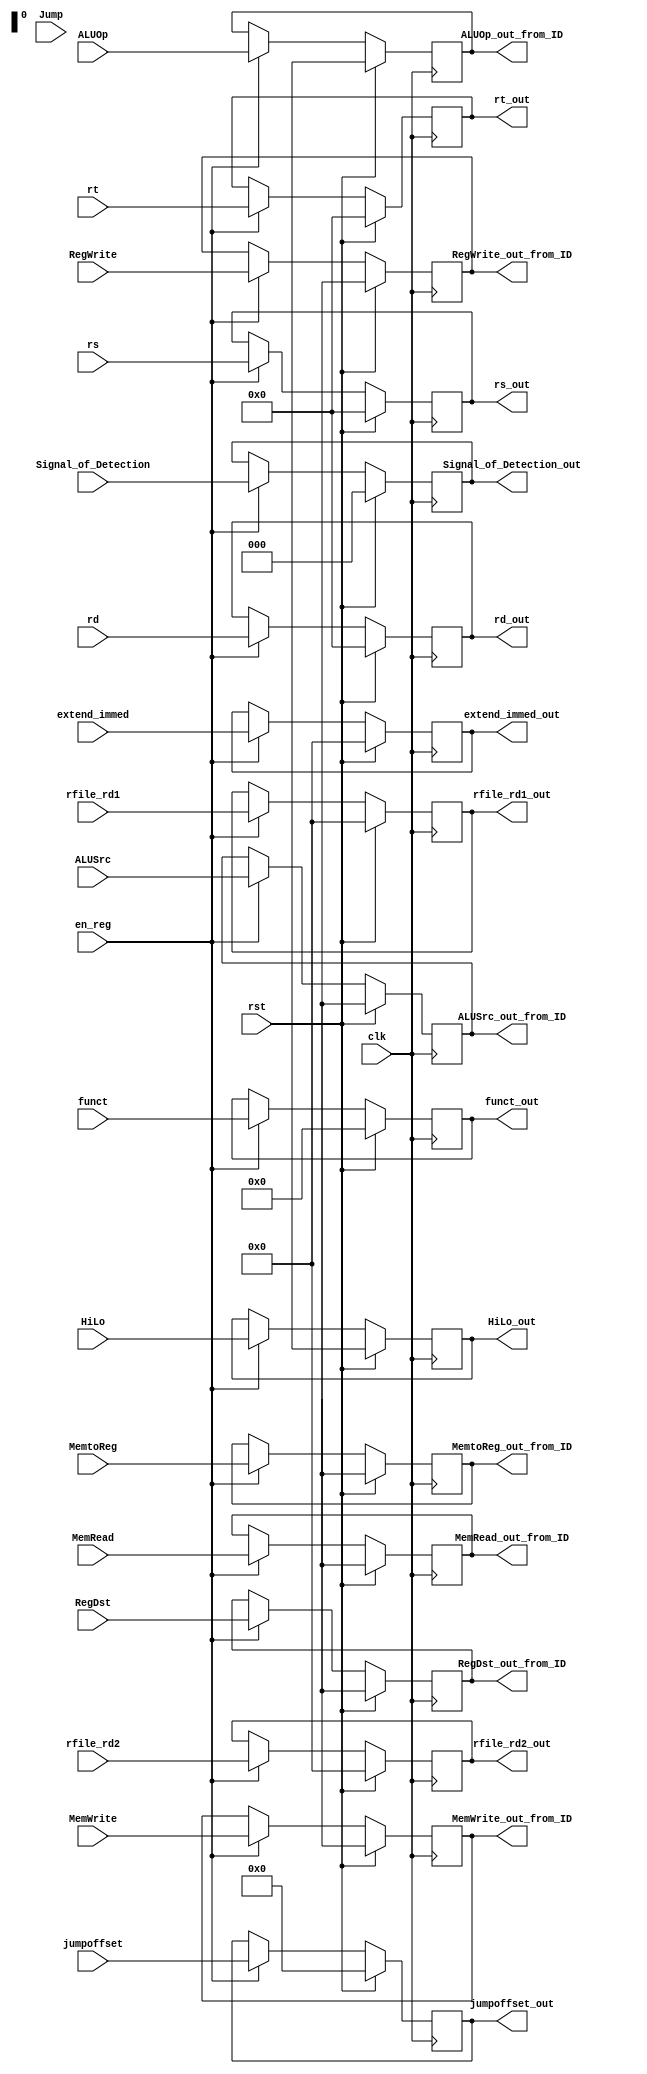
module ID_EX( en_reg, jumpoffset, jumpoffset_out, clk, rst,
           MemtoReg, RegWrite, MemRead, MemWrite, ALUOp, RegDst, ALUSrc, Jump,
           MemtoReg_out_from_ID, RegWrite_out_from_ID, MemRead_out_from_ID, MemWrite_out_from_ID, ALUOp_out_from_ID, RegDst_out_from_ID, ALUSrc_out_from_ID,
           rfile_rd1, rfile_rd2, rfile_rd1_out, rfile_rd2_out,
	       extend_immed, extend_immed_out,
	       rs, rt, rd, rs_out, rt_out, rd_out, funct, funct_out,
			Signal_of_Detection, Signal_of_Detection_out, HiLo, HiLo_out );

input clk, rst, en_reg;
input MemtoReg, RegWrite, MemRead, MemWrite, RegDst, ALUSrc, Jump;
input [1:0] ALUOp, HiLo;
input [31:0] rfile_rd1, rfile_rd2, extend_immed;
input [4:0] rs, rt, rd;
input [5:0] funct;
input [25:0] jumpoffset;
input [ 2:0 ] Signal_of_Detection ;

output MemtoReg_out_from_ID, RegWrite_out_from_ID, MemRead_out_from_ID, MemWrite_out_from_ID, RegDst_out_from_ID, ALUSrc_out_from_ID;
output [1:0] ALUOp_out_from_ID, HiLo_out;
output [31:0] rfile_rd1_out, rfile_rd2_out, extend_immed_out;
output [4:0] rs_out, rt_out, rd_out;
output [5:0] funct_out;
output [25:0] jumpoffset_out;
output [ 2:0 ] Signal_of_Detection_out ;

reg MemtoReg_out_from_ID, RegWrite_out_from_ID, MemRead_out_from_ID, MemWrite_out_from_ID, RegDst_out_from_ID, ALUSrc_out_from_ID;
reg [1:0] ALUOp_out_from_ID;
reg [31:0] rfile_rd1_out, rfile_rd2_out, extend_immed_out;
reg [4:0] rs_out, rt_out, rd_out;
reg [5:0] funct_out;
reg [25:0] jumpoffset_out;
reg [2:0] Signal_of_Detection_out ;

	
always@( posedge clk )
begin
  if ( rst )
	begin
	  MemtoReg_out_from_ID <= 1'bx; RegWrite_out_from_ID <= 1'bx; MemRead_out_from_ID <= 1'bx; MemWrite_out_from_ID <= 1'bx;
      ALUOp_out_from_ID <= 2'bxx;
      RegDst_out_from_ID <= 1'bx;
      ALUSrc_out_from_ID <= 1'bx;

      jumpoffset_out <= 26'd0;

      rfile_rd1_out <= 32'd0;
      rfile_rd2_out <= 32'd0;

      extend_immed_out <= 32'd0;
  
      rs_out <= 5'd0;
      rt_out <= 5'd0;
      rd_out <= 5'd0;
  
      funct_out <= 6'd0;
	  Signal_of_Detection_out <= 2'b0 ;
	  HiLo_out <= 2'bxx ;
	end
	else if ( en_reg )
	begin
      MemtoReg_out_from_ID <= MemtoReg; RegWrite_out_from_ID <= RegWrite; MemRead_out_from_ID <= MemRead; MemWrite_out_from_ID <= MemWrite;
      ALUOp_out_from_ID <= ALUOp;
      RegDst_out_from_ID <= RegDst;
      ALUSrc_out_from_ID <= ALUSrc;
  
      jumpoffset_out <= jumpoffset;

      rfile_rd1_out <= rfile_rd1;
      rfile_rd2_out <= rfile_rd2;

      extend_immed_out <= extend_immed;
  
      rs_out <= rs;
      rt_out <= rt;
      rd_out <= rd;
  
      funct_out <= funct;
	  Signal_of_Detection_out <= Signal_of_Detection ;
	  HiLo_out <= HiLo ;
	end
end

endmodule